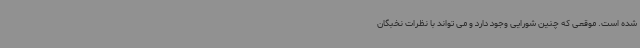
شده است. موقعی که چنین شورایی وجود دارد و می تواند با نظرات نخبگان